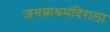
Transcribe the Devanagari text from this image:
जगन्नाथमंदिराला